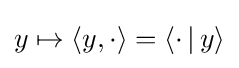
y\mapsto \langle y,\cdot \rangle =\langle \cdot \,|\,y\rangle